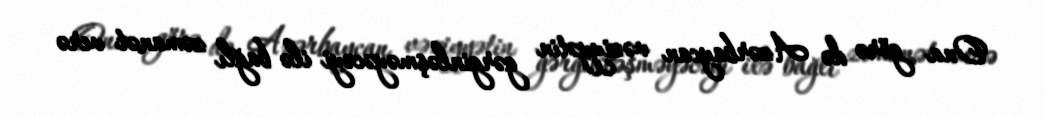
Ona görə də Azərbaycan vəziyyətin gərginləşməyəcəyi ilə bağlı zəmanət verə